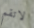
لاتقم